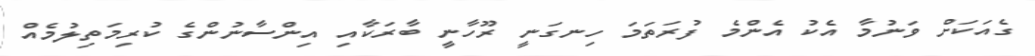
ގެއަކަށް ވަނުމާ އެކު އެންމެ ފުރަތަމަ ހިނގަނީ ރޫހާނީ ބާރަކާއި އިންސާނުންގެ ކުރިމަތިލުމެއް